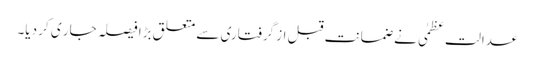
عدالت عظمٰی نے ضمانت قبل از گرفتاری سے متعلق بڑا فیصلہ جار ی کر دیا۔